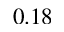
0 . 1 8